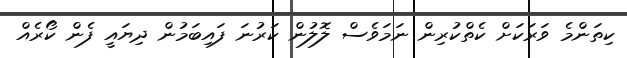
ކިތަންމެ ވަރަކަށް ކެތްކުރިން ނަމަވެސް ލޮލުން ކަރުނަ ފައިބަމުން ދިޔައީ ފެން ކޯރެއް